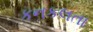
કનકલતા